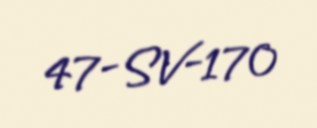
47-SV-170